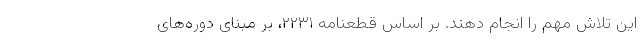
این تلاش مهم را انجام دهند. بر اساس قطعنامه ۲۲۳۱، بر مبنای دوره‌های